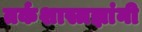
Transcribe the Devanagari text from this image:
तर्कशास्त्रज्ञांनी